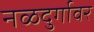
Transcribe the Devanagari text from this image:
नळदुर्गावर